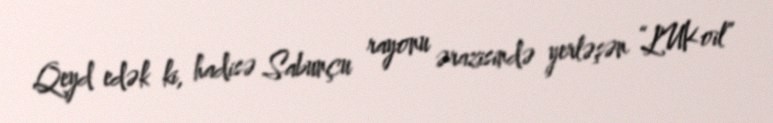
Qeyd edək ki, hadisə Sabunçu rayonu ərazisində yerləşən “LUKoil”